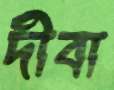
দীবা